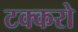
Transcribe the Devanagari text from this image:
टक्करो